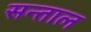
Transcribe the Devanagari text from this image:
सन्ताल